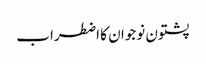
پشتون نوجوان کا اضطراب